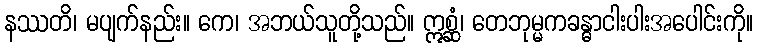
နဿတိ၊ မပျက်နည်း။ ကေ၊ အဘယ်သူတို့သည်။ ဣစ္ဆံ၊ တေဘုမ္မကခန္ဓာငါးပါးအပေါင်းကို။